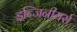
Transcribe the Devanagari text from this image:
इन्जिनीयर्स